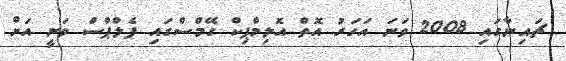
ޗައިނާގައި 2008 ވަނަ އަހަރު އޮތް އޮލިމްޕިކް ގޭމްސްގައި ފެލްޕްސް ވަނީ އަށް